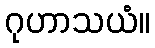
ဂုဟာသယံ။